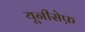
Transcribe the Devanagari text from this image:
यूनीसेफ़